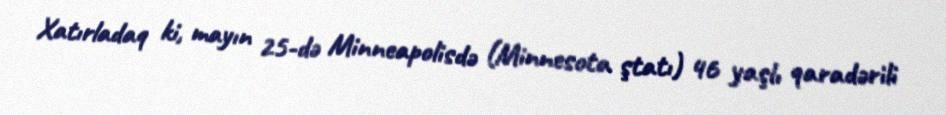
Xatırladaq ki, mayın 25-də Minneapolisdə (Minnesota ştatı) 46 yaşlı qaradərili